Scottish Certificate of Education, 1962
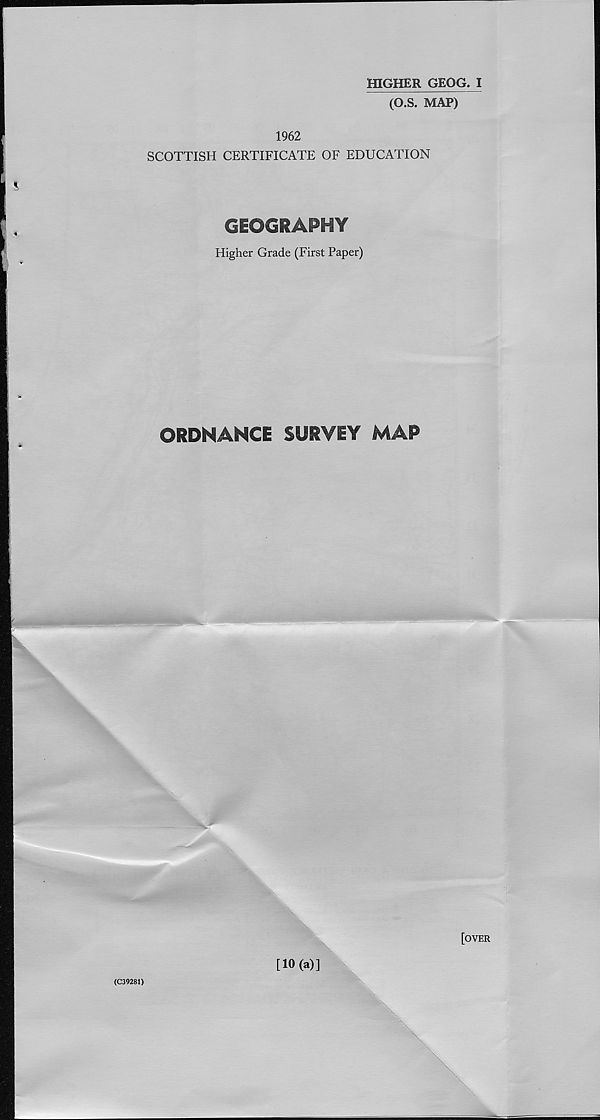
HIGHER GEOG. I
(O.S. MAP)
1962
SCOTTISH CERTIFICATE OF EDUCATION
GEOGRAPHY
Higher Grade (First Paper)
ORDNANCE SURVEY MAP
[over
(C39281)
[10(a)]